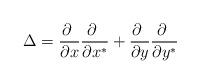
LaTeX: \begin{align*}\Delta=\frac{\partial \ }{\partial x}\frac{\partial \ }{\partial x^*}+\frac{\partial \ }{\partial y}\frac{\partial \ }{\partial y^*}\end{align*}